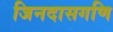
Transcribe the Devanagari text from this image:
जिनदासगणि